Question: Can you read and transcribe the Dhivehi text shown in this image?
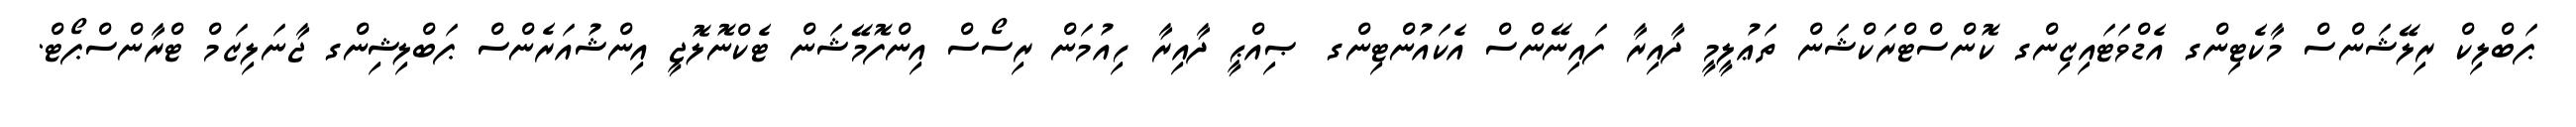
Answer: ޕަބްލިކް ރިލޭޝަންސް މާކެޓިންގ އެޑްވަޓައިޒިންގ ކޮންސްޓްރަކްޝަން ތަޢުލީމީ ދާއިރާ ފައިނޭންސް އެކައުންޓިންގ ޞިއްޙީ ދާއިރާ ހިއުމަން ރިސޯސް އިންފޮމޭޝަން ޓެކްނޮލޮޖީ އިންޝުއަރެންސް ޕަބްލިޝިންގ ޖާނަލިޒަމް ޓްރާންސްޕޯޓް.